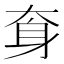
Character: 𡘪